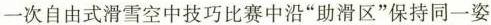
一次自由式滑雪空中技巧比赛中沿”助滑区”保持同一姿